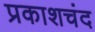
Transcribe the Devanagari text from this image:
प्रकाशचंद